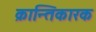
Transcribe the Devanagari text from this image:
क्रान्तिकारक